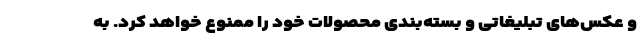
و عکس‌های ‌تبلیغاتی و بسته‌بندی محصولات خود را ممنوع خواهد کرد. به